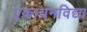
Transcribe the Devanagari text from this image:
एकायनविद्या